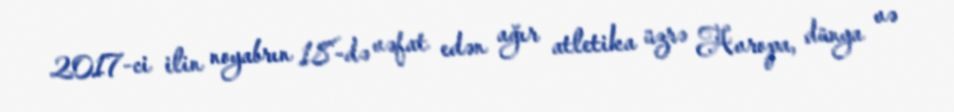
2017-ci ilin noyabrın 18-də vəfat edən ağır atletika üzrə Avropa, dünya və